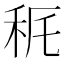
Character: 𥝾